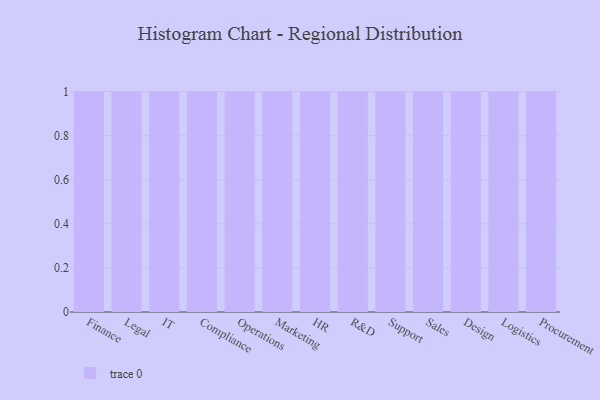
{"axis": {"x": "Department", "y": "Website Visitors"}, "legend": [""], "data": [{"x": "Finance", "y": 58, "type": ""}, {"x": "Legal", "y": 30, "type": ""}, {"x": "IT", "y": 71, "type": ""}, {"x": "Compliance", "y": 65, "type": ""}, {"x": "Operations", "y": 6, "type": ""}, {"x": "Marketing", "y": 14, "type": ""}, {"x": "HR", "y": 56, "type": ""}, {"x": "R&D", "y": 69, "type": ""}, {"x": "Support", "y": 50, "type": ""}, {"x": "Sales", "y": 49, "type": ""}, {"x": "Design", "y": 77, "type": ""}, {"x": "Logistics", "y": 88, "type": ""}, {"x": "Procurement", "y": 46, "type": ""}]}